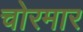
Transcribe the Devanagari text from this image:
चोरमार